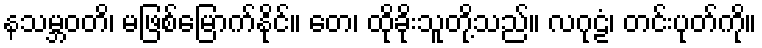
နသမ္ဘဝတိ၊ မဖြစ်မြောက်နိုင်။ တေ၊ ထိုခိုးသူတို့သည်။ လဂုဠံ၊ တင်းပုတ်ကို။